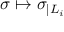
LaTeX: \sigma \mapsto \sigma _ { | L _ { i } }